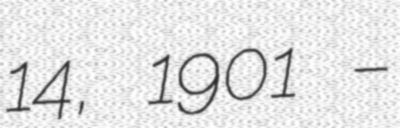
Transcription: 14, 1901 –